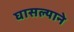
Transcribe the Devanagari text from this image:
घासल्याने